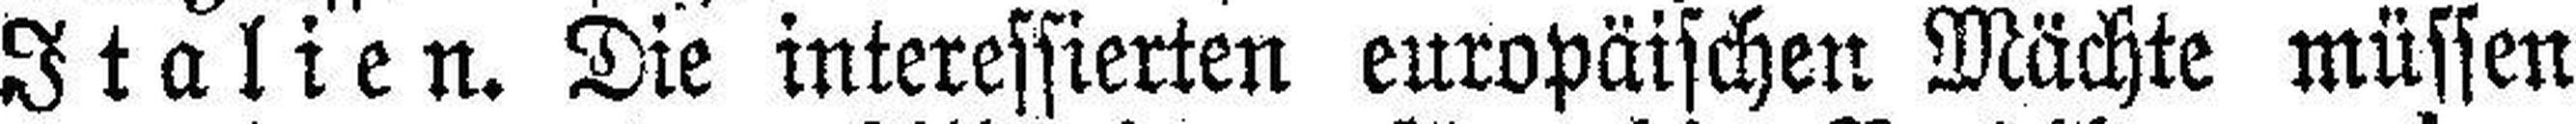
Italien. Die interessierten europäischen Mächte müssen